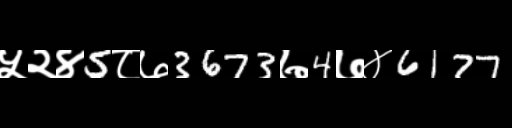
Text: ५२४5८७3673७4७४6177